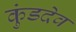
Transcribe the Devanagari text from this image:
कुंडदेव